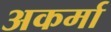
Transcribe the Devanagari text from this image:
अकर्मा